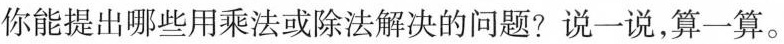
你能提出哪些用乘法或除法解决的问题?说一说，算一算。